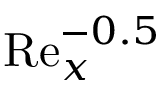
\mathrm { R e } _ { x } ^ { - 0 . 5 }